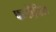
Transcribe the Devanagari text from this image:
फ्लोरिड